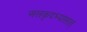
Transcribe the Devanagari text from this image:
असकृदभ्यासात्‌